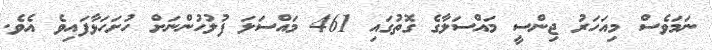
ނަމަވެސް މިއަހަރު ޖިންސީ މައްސަލާގެ ގޮތުގައި 461 މައްސަލަ ފުލުހުންނަށް ހުށަހަޅާފައިވެ އެވެ.